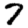
Digit: 7